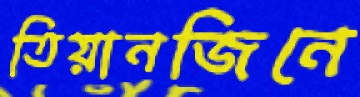
তিয়ানজিনে